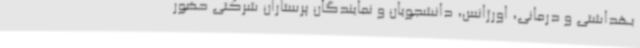
بهداشتی و درمانی، اورژانس، دانشجویان و نمایندگان پرستاران شرکتی حضور